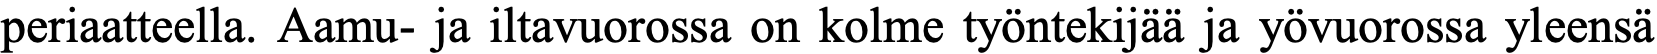
periaatteella. Aamu- ja iltavuorossa on kolme työntekijää ja yövuorossa yleensä